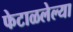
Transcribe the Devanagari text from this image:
फेटाळलेल्या